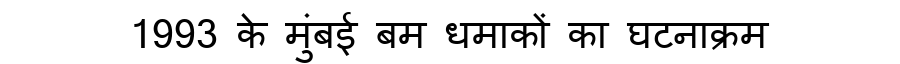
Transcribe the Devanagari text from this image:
1993 के मुंबई बम धमाकों का घटनाक्रम